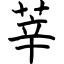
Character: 莘